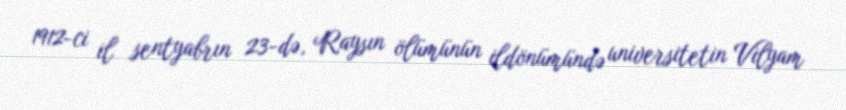
1912-ci il sentyabrın 23-də, Raysın ölümünün ildönümündə universitetin Vilyam